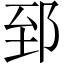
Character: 郅